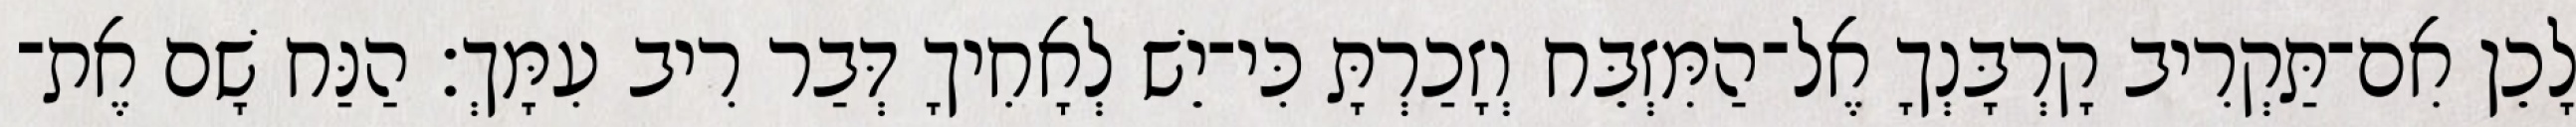
לָכֵן אִם־תַּקְרִיב קָרְבָּנְךָ אֶל־הַמִּזְבֵּח וְזָכַרְתָּ כִּי־יֵשׁ לְאָחִיךָ דְּבַר רִיב עִמָּךְ׃ הַנַּח שָׁם אֶת־